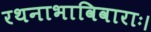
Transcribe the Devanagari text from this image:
रथनाभाविवाराः।